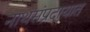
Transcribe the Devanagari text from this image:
नाथसंप्रदायात